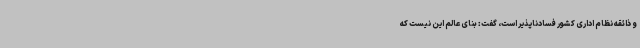
و ذائقه نظام اداری کشور فسادناپذیر است، گفت: بنای عالم این نیست که